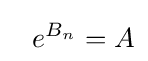
~~e^{B_{n}}=A